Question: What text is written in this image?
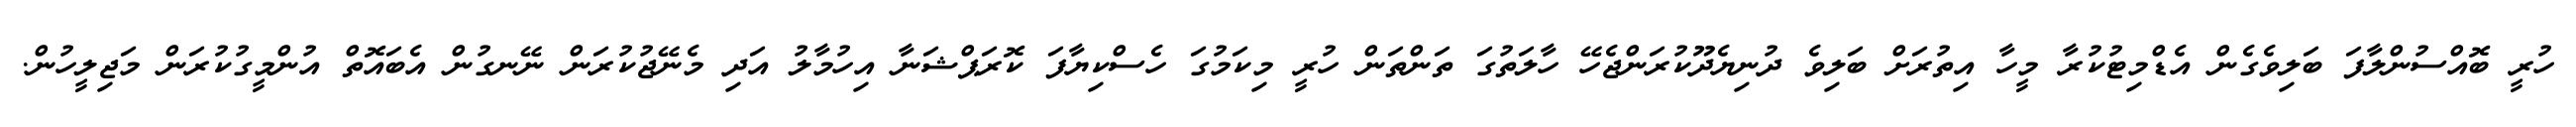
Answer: ހުރީ ބޮއްސުންލާފަ ބަލިވެގެން އެޑްމިޓުކުރާ މީހާ އިތުރަށް ބަލިވެ ދުނިޔެދޫކުރަންޖެހޭ ހާލަތުގަ ތަންތަން ހުރީ މިކަމުގަ ހެސްކިޔާފަ ކޮރަޕްޝަނާ އިހުމާލު އަދި މެނޭޖުކުރަން ނޭނގުން އެބައޮތް އުންމީގުކުރަން މަޖިލީހުން.